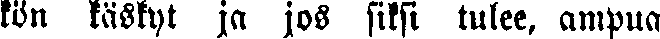
kön käskyt ja jos siksi tulee, ampua